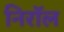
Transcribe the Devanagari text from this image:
निरॉल